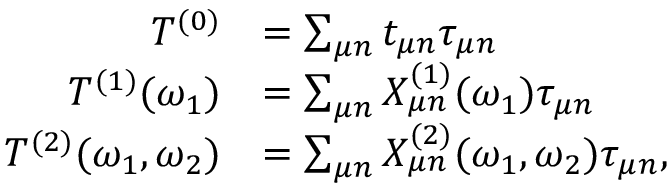
\begin{array} { r l } { T ^ { ( 0 ) } } & { = \sum _ { \mu n } t _ { \mu n } \tau _ { \mu n } } \\ { T ^ { ( 1 ) } ( \omega _ { 1 } ) } & { = \sum _ { \mu n } X _ { \mu n } ^ { ( 1 ) } ( \omega _ { 1 } ) \tau _ { \mu n } } \\ { T ^ { ( 2 ) } ( \omega _ { 1 } , \omega _ { 2 } ) } & { = \sum _ { \mu n } X _ { \mu n } ^ { ( 2 ) } ( \omega _ { 1 } , \omega _ { 2 } ) \tau _ { \mu n } , } \end{array}